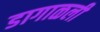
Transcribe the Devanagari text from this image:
डागाळली